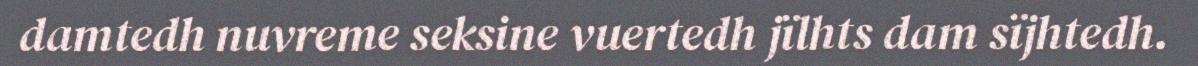
damtedh nuvreme seksine vuertedh jïlhts dam sïjhtedh.